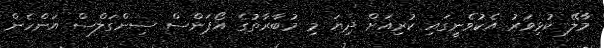
މާލޭ ކުޅިވަރު އެކުވެނީގައި ކުރިއަށް ދިޔަ މި މުބާރާތުގެ އޯޕަންސް ސިންގަލްސް އަންހެން